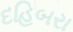
દહિબરા